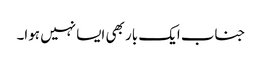
جناب ایک بار بھی ایسا نہیں ہوا۔